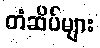
တံဆိပ်များ